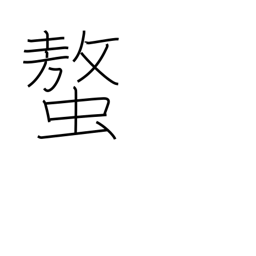
Meaning: claws